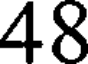
48